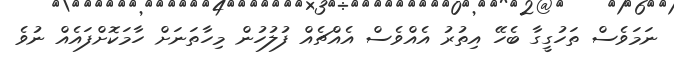
ނަމަވެސް ތަހުގީގާ ބެހޭ އިތުރު އެއްވެސް އެއްޗެއް ފުލުހުން މިހާތަނަށް ހާމަކޮށްފައެއް ނުވެ